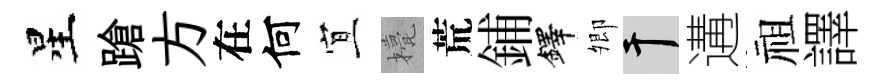
星蹌方在何宜甍荒鋪鐸𡖖干遘祖譯